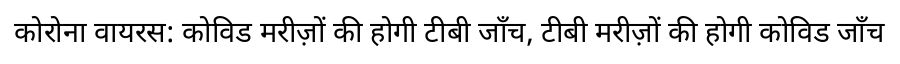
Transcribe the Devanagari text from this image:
कोरोना वायरस: कोविड मरीज़ों की होगी टीबी जाँच, टीबी मरीज़ों की होगी कोविड जाँच